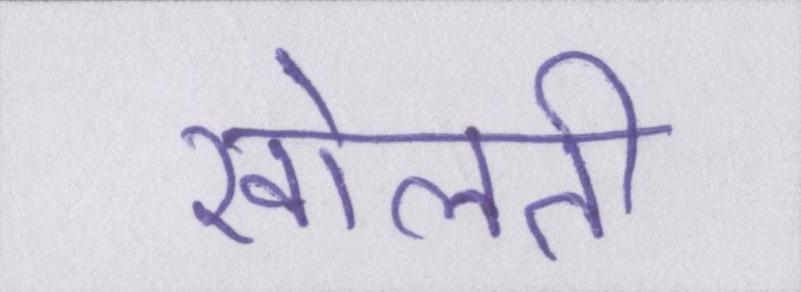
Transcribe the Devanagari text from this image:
खोलती